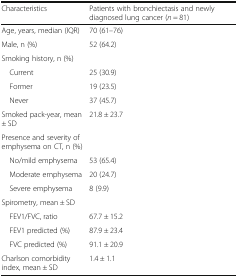
| Characteristics | Patients with bronchiectasis and newly diagnosed lung cancer (n = 81) |
 | --- | --- |
 | Age, years, median (IQR) | 70 (61–76) |
 | Male, n (%) | 52 (64.2) |
 | <COLSPAN=2> Smoking history, n (%) |
 | Current | 25 (30.9) |
 | Former | 19 (23.5) |
 | Never | 37 (45.7) |
 | Smoked pack-year, mean ± SD | 21.8 ± 23.7 |
 | <COLSPAN=2> Presence and severity of emphysema on CT, n (%) |
 | No/mild emphysema | 53 (65.4) |
 | Moderate emphysema | 20 (24.7) |
 | Severe emphysema | 8 (9.9) |
 | <COLSPAN=2> Spirometry, mean ± SD |
 | FEV1/FVC, ratio | 67.7 ± 15.2 |
 | FEV1 predicted (%) | 87.9 ± 23.4 |
 | FVC predicted (%) | 91.1 ± 20.9 |
 | Charlson comorbidity index, mean ± SD | 1.4 ± 1.1 |